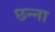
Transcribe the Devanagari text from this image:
छन्ना